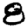
Digit: 8